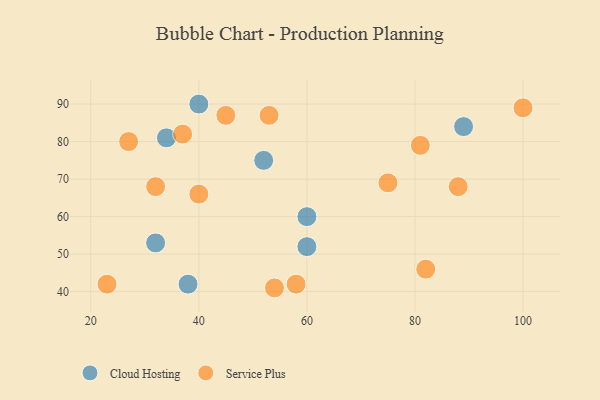
{"axis": {"x": "GDP", "y": "Life Expectancy"}, "legend": ["Cloud Hosting", "Service Plus"], "data": [{"x": "38", "y": 42, "type": "Cloud Hosting"}, {"x": "60", "y": 60, "type": "Cloud Hosting"}, {"x": "52", "y": 75, "type": "Cloud Hosting"}, {"x": "40", "y": 90, "type": "Cloud Hosting"}, {"x": "89", "y": 84, "type": "Cloud Hosting"}, {"x": "32", "y": 53, "type": "Cloud Hosting"}, {"x": "34", "y": 81, "type": "Cloud Hosting"}, {"x": "60", "y": 52, "type": "Cloud Hosting"}, {"x": "23", "y": 42, "type": "Service Plus"}, {"x": "45", "y": 87, "type": "Service Plus"}, {"x": "27", "y": 80, "type": "Service Plus"}, {"x": "81", "y": 79, "type": "Service Plus"}, {"x": "100", "y": 89, "type": "Service Plus"}, {"x": "32", "y": 68, "type": "Service Plus"}, {"x": "82", "y": 46, "type": "Service Plus"}, {"x": "88", "y": 68, "type": "Service Plus"}, {"x": "40", "y": 66, "type": "Service Plus"}, {"x": "58", "y": 42, "type": "Service Plus"}, {"x": "53", "y": 87, "type": "Service Plus"}, {"x": "75", "y": 69, "type": "Service Plus"}, {"x": "54", "y": 41, "type": "Service Plus"}, {"x": "37", "y": 82, "type": "Service Plus"}]}